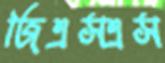
জিএসএস